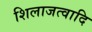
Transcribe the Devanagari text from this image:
शिलाजत्वादि